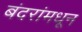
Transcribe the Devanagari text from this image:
बंदरांमधून